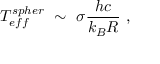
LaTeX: T _ { e f f } ^ { s p h e r } \ \sim \ \sigma \frac { h c } { k _ { B } R } \ ,